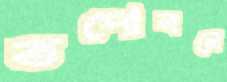
তপোবনে